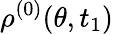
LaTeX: \rho^{(0)}(\theta,t_{1})